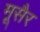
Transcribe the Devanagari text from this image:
मूसैर